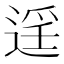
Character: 𨓮